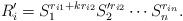
LaTeX: \begin{align*}R'_i=S^{r_{i1}+kr_{i2}}_1 S'^{r_{i2}}_2 \cdots S^{r_{in}}_n.\end{align*}